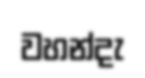
වහන්දැ